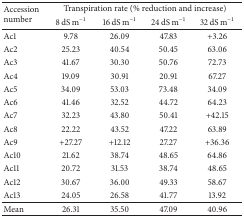
| <ROWSPAN=2> Accession number | <COLSPAN=4> Transpiration rate (% reduction and increase) |
 | 8 dS m−1 | 16 dS m−1 | 24 dS m−1 | 32 dS m−1 |
 | --- | --- | --- | --- | --- |
 | Ac1 | 9.78 | 26.09 | 47.83 | +3.26 |
 | Ac2 | 25.23 | 40.54 | 50.45 | 63.06 |
 | Ac3 | 41.67 | 30.30 | 50.76 | 72.73 |
 | Ac4 | 19.09 | 30.91 | 20.91 | 67.27 |
 | Ac5 | 34.09 | 53.03 | 73.48 | 34.09 |
 | Ac6 | 41.46 | 32.52 | 44.72 | 64.23 |
 | Ac7 | 32.23 | 43.80 | 50.41 | +42.15 |
 | Ac8 | 22.22 | 43.52 | 47.22 | 63.89 |
 | Ac9 | +27.27 | +12.12 | 27.27 | +36.36 |
 | Ac10 | 21.62 | 38.74 | 48.65 | 64.86 |
 | Ac11 | 20.72 | 31.53 | 38.74 | 48.65 |
 | Ac12 | 30.67 | 36.00 | 49.33 | 58.67 |
 | Ac13 | 24.05 | 26.58 | 41.77 | 13.92 |
 | Mean | 26.31 | 35.50 | 47.09 | 40.96 |